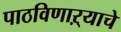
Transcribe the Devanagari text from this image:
पाठविणाऱ्याचे